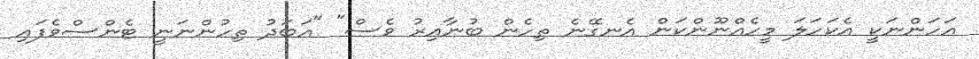
އަހަންނަކީ އެކަހަލަ މީހެއްނޫންކަން އެނގޭނެ ތިހެން ބުނާއިރު ވެސް" "އަބަދު ތިހުންނަނީ ޓެންސްވެފައި